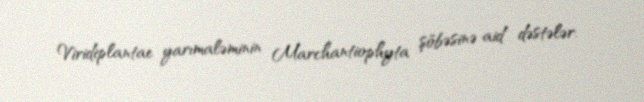
Viridiplantae yarımaləminin Marchantiophyta şöbəsinə aid dəstələr.